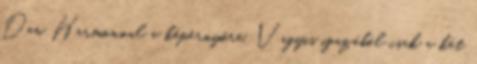
Dan Harmonnal a képernyőre. Vagyis igazából csak a két